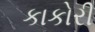
કાકોરી